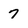
Character: 7